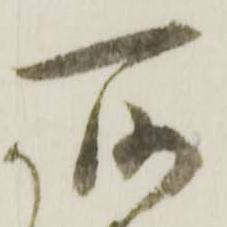
所